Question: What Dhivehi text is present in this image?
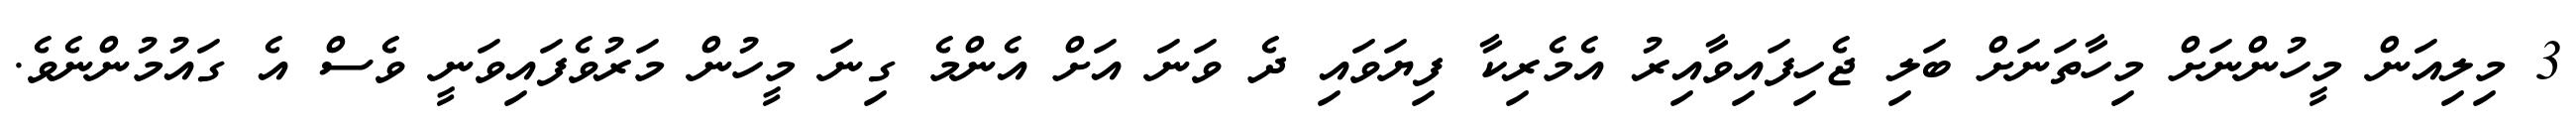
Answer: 3 މިލިއަން މީހުންނަށް މިހާތަނަށް ބަލި ޖެހިފައިވާއިރު އެމެރިކާ ފިޔަވައި ދެ ވަނަ އަށް އެންމެ ގިނަ މީހުން މަރުވެފައިވަނީ ވެސް އެ ގައުމުންނެވެ.